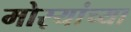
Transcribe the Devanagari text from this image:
मोर्‍यांच्या